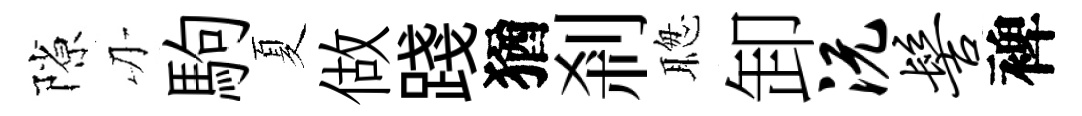
隙刃駒夏做踐猶剎聦卸沅髻裨